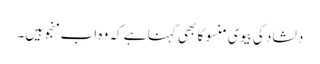
دلشاد کی بیوی منسو کا بھی کہنا ہے کہ وہ اب منجو ہیں۔